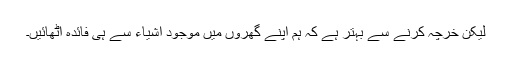
لیکن خرچہ کرنے سے بہتر ہے کہ ہم اپنے گھروں میں موجود اشیاء سے ہی فائدہ اٹھائیں۔